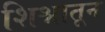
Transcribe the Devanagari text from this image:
शिश्नातून